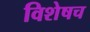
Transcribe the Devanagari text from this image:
विशेषच